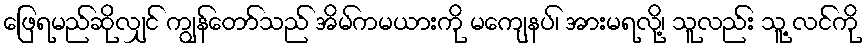
ဖြေရမည်ဆိုလျှင် ကျွန်တော်သည် အိမ်ကမယားကို မကျေနပ်၊ အားမရလို့၊ သူလည်း သူ့ လင်ကို